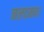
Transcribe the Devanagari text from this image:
नलदमन।